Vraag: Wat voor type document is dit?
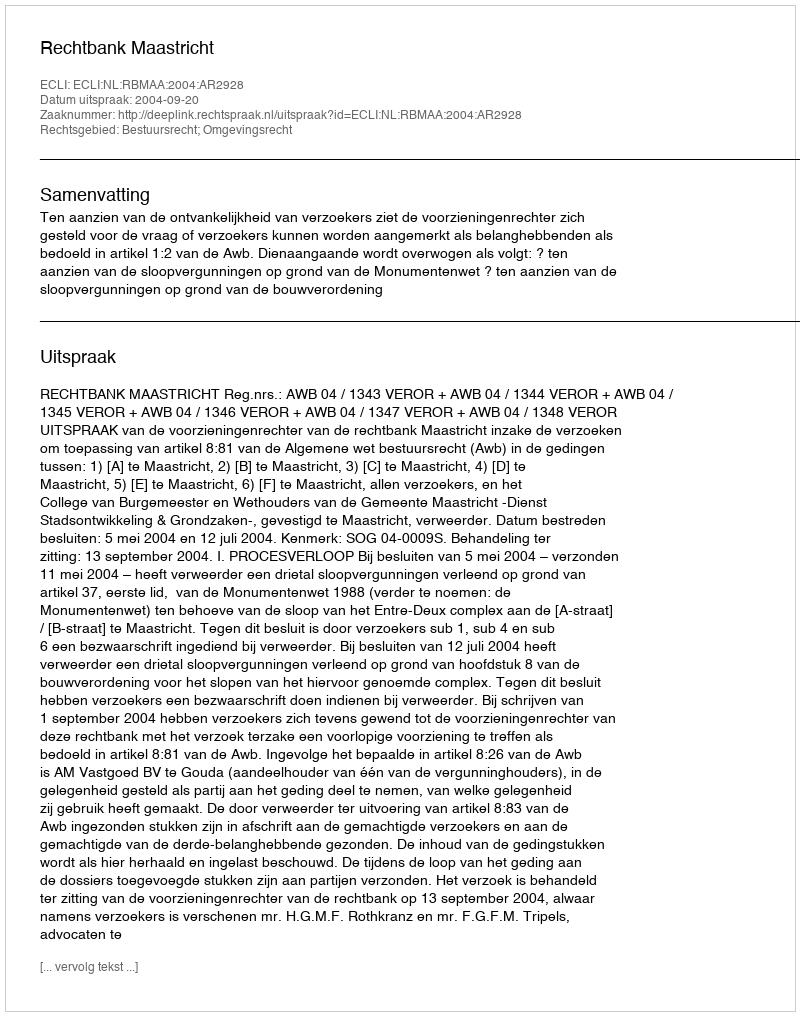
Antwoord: Uitspraak